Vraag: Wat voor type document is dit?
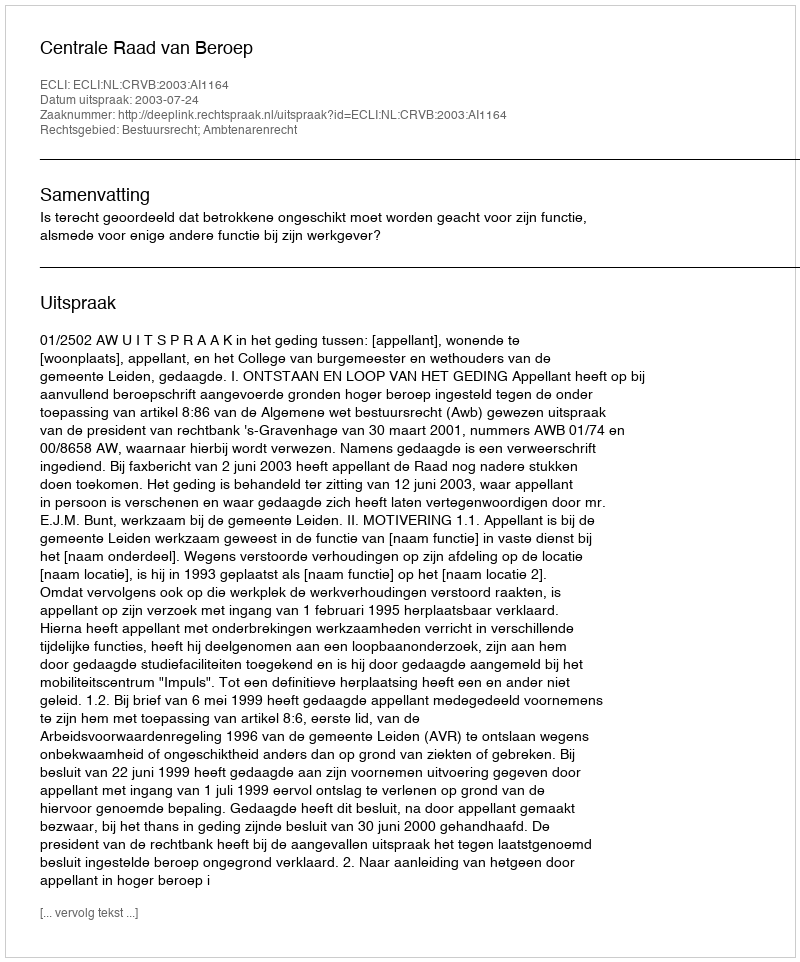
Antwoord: Uitspraak